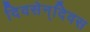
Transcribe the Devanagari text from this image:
दिवसेन्‌दिवस